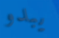
يبدو